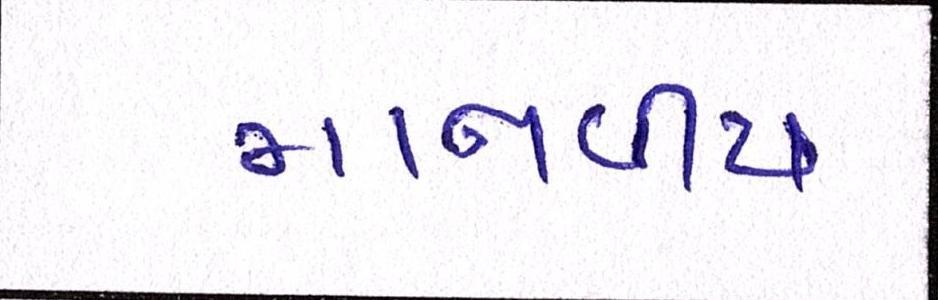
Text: માનવીય